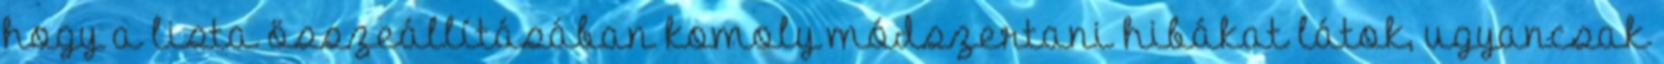
hogy a lista összeállításában komoly módszertani hibákat látok, ugyancsak